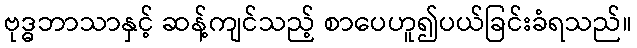
ဗုဒ္ဓဘာသာနှင့် ဆန့်ကျင်သည့် စာပေဟူ၍ပယ်ခြင်းခံရသည်။